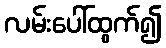
လမ်းပေါ်ထွက်၍